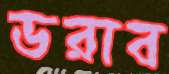
ডরাব